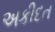
અકીદત